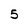
Character: 5